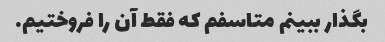
بگذار ببینم متاسفم که فقط آن را فروختیم.